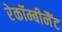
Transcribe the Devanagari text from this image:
रेकॉम्बीनैंट